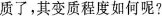
质了，其变质程度如何呢?